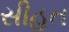
સીહત